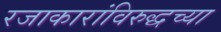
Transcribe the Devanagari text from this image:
रजाकारांविरुद्धच्या